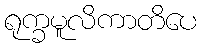
ရုက္ခမူလိကာတိပေ